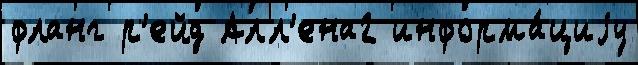
фланг р'ейд Алл'ена2 информа́циjу